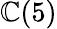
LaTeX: \mathbb{C}(5)